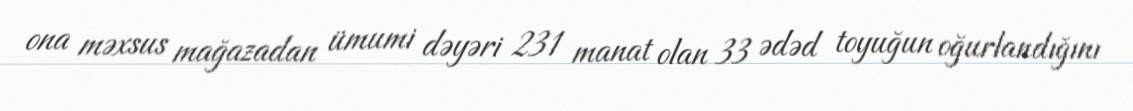
ona məxsus mağazadan ümumi dəyəri 231 manat olan 33 ədəd toyuğun oğurlandığını